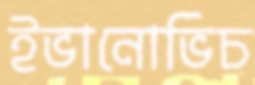
ইভানোভিচ